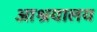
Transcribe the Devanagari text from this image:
आश्रयालय